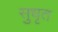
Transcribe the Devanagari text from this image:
सुधृत